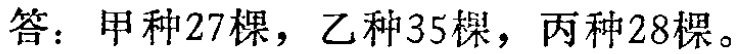
答：甲种27棵，乙种35棵，丙种28棵。